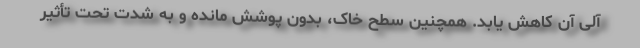
آلی آن کاهش یابد. همچنین سطح خاک، بدون پوشش مانده و به شدت تحت تأثیر